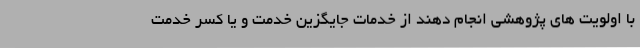
با اولویت های پژوهشی انجام دهند از خدمات جایگزین خدمت و یا کسر خدمت